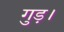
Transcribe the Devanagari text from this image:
गुड़।